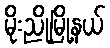
မိုးညိုမြို့နယ်